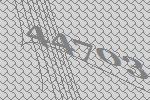
44703